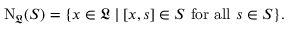
\mathrm { N } _ { \mathfrak { L } } ( S ) = \{ x \in { \mathfrak { L } } \mid [ x , s ] \in S { \mathrm { ~ f o r ~ a l l ~ } } s \in S \} .